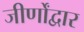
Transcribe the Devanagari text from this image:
जीर्णोंद्वार